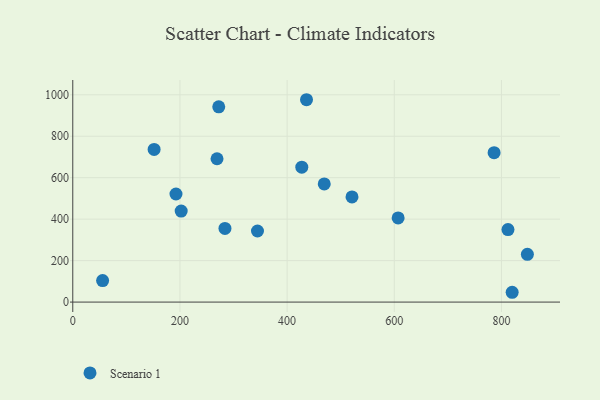
{"axis": {"x": "Price", "y": "Profit"}, "legend": ["Scenario 1"], "data": [{"x": "786.3", "y": 720.7, "type": "Scenario 1"}, {"x": "284.0", "y": 355.3, "type": "Scenario 1"}, {"x": "812.2", "y": 349.6, "type": "Scenario 1"}, {"x": "269.2", "y": 691.5, "type": "Scenario 1"}, {"x": "55.7", "y": 103.8, "type": "Scenario 1"}, {"x": "848.4", "y": 230.2, "type": "Scenario 1"}, {"x": "151.8", "y": 736.3, "type": "Scenario 1"}, {"x": "469.3", "y": 569.9, "type": "Scenario 1"}, {"x": "427.4", "y": 650.8, "type": "Scenario 1"}, {"x": "344.7", "y": 342.9, "type": "Scenario 1"}, {"x": "202.3", "y": 438.8, "type": "Scenario 1"}, {"x": "272.4", "y": 941.8, "type": "Scenario 1"}, {"x": "820.0", "y": 47.3, "type": "Scenario 1"}, {"x": "521.1", "y": 507.1, "type": "Scenario 1"}, {"x": "607.2", "y": 405.7, "type": "Scenario 1"}, {"x": "436.2", "y": 976.1, "type": "Scenario 1"}, {"x": "192.6", "y": 521.3, "type": "Scenario 1"}]}